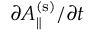
\partial A _ { \| } ^ { \mathrm { ( s ) } } / \partial t